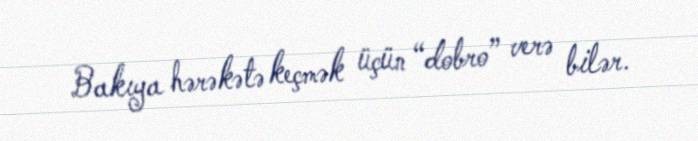
Bakıya hərəkətə keçmək üçün “dobro” verə bilər.